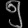
Digit: ၅